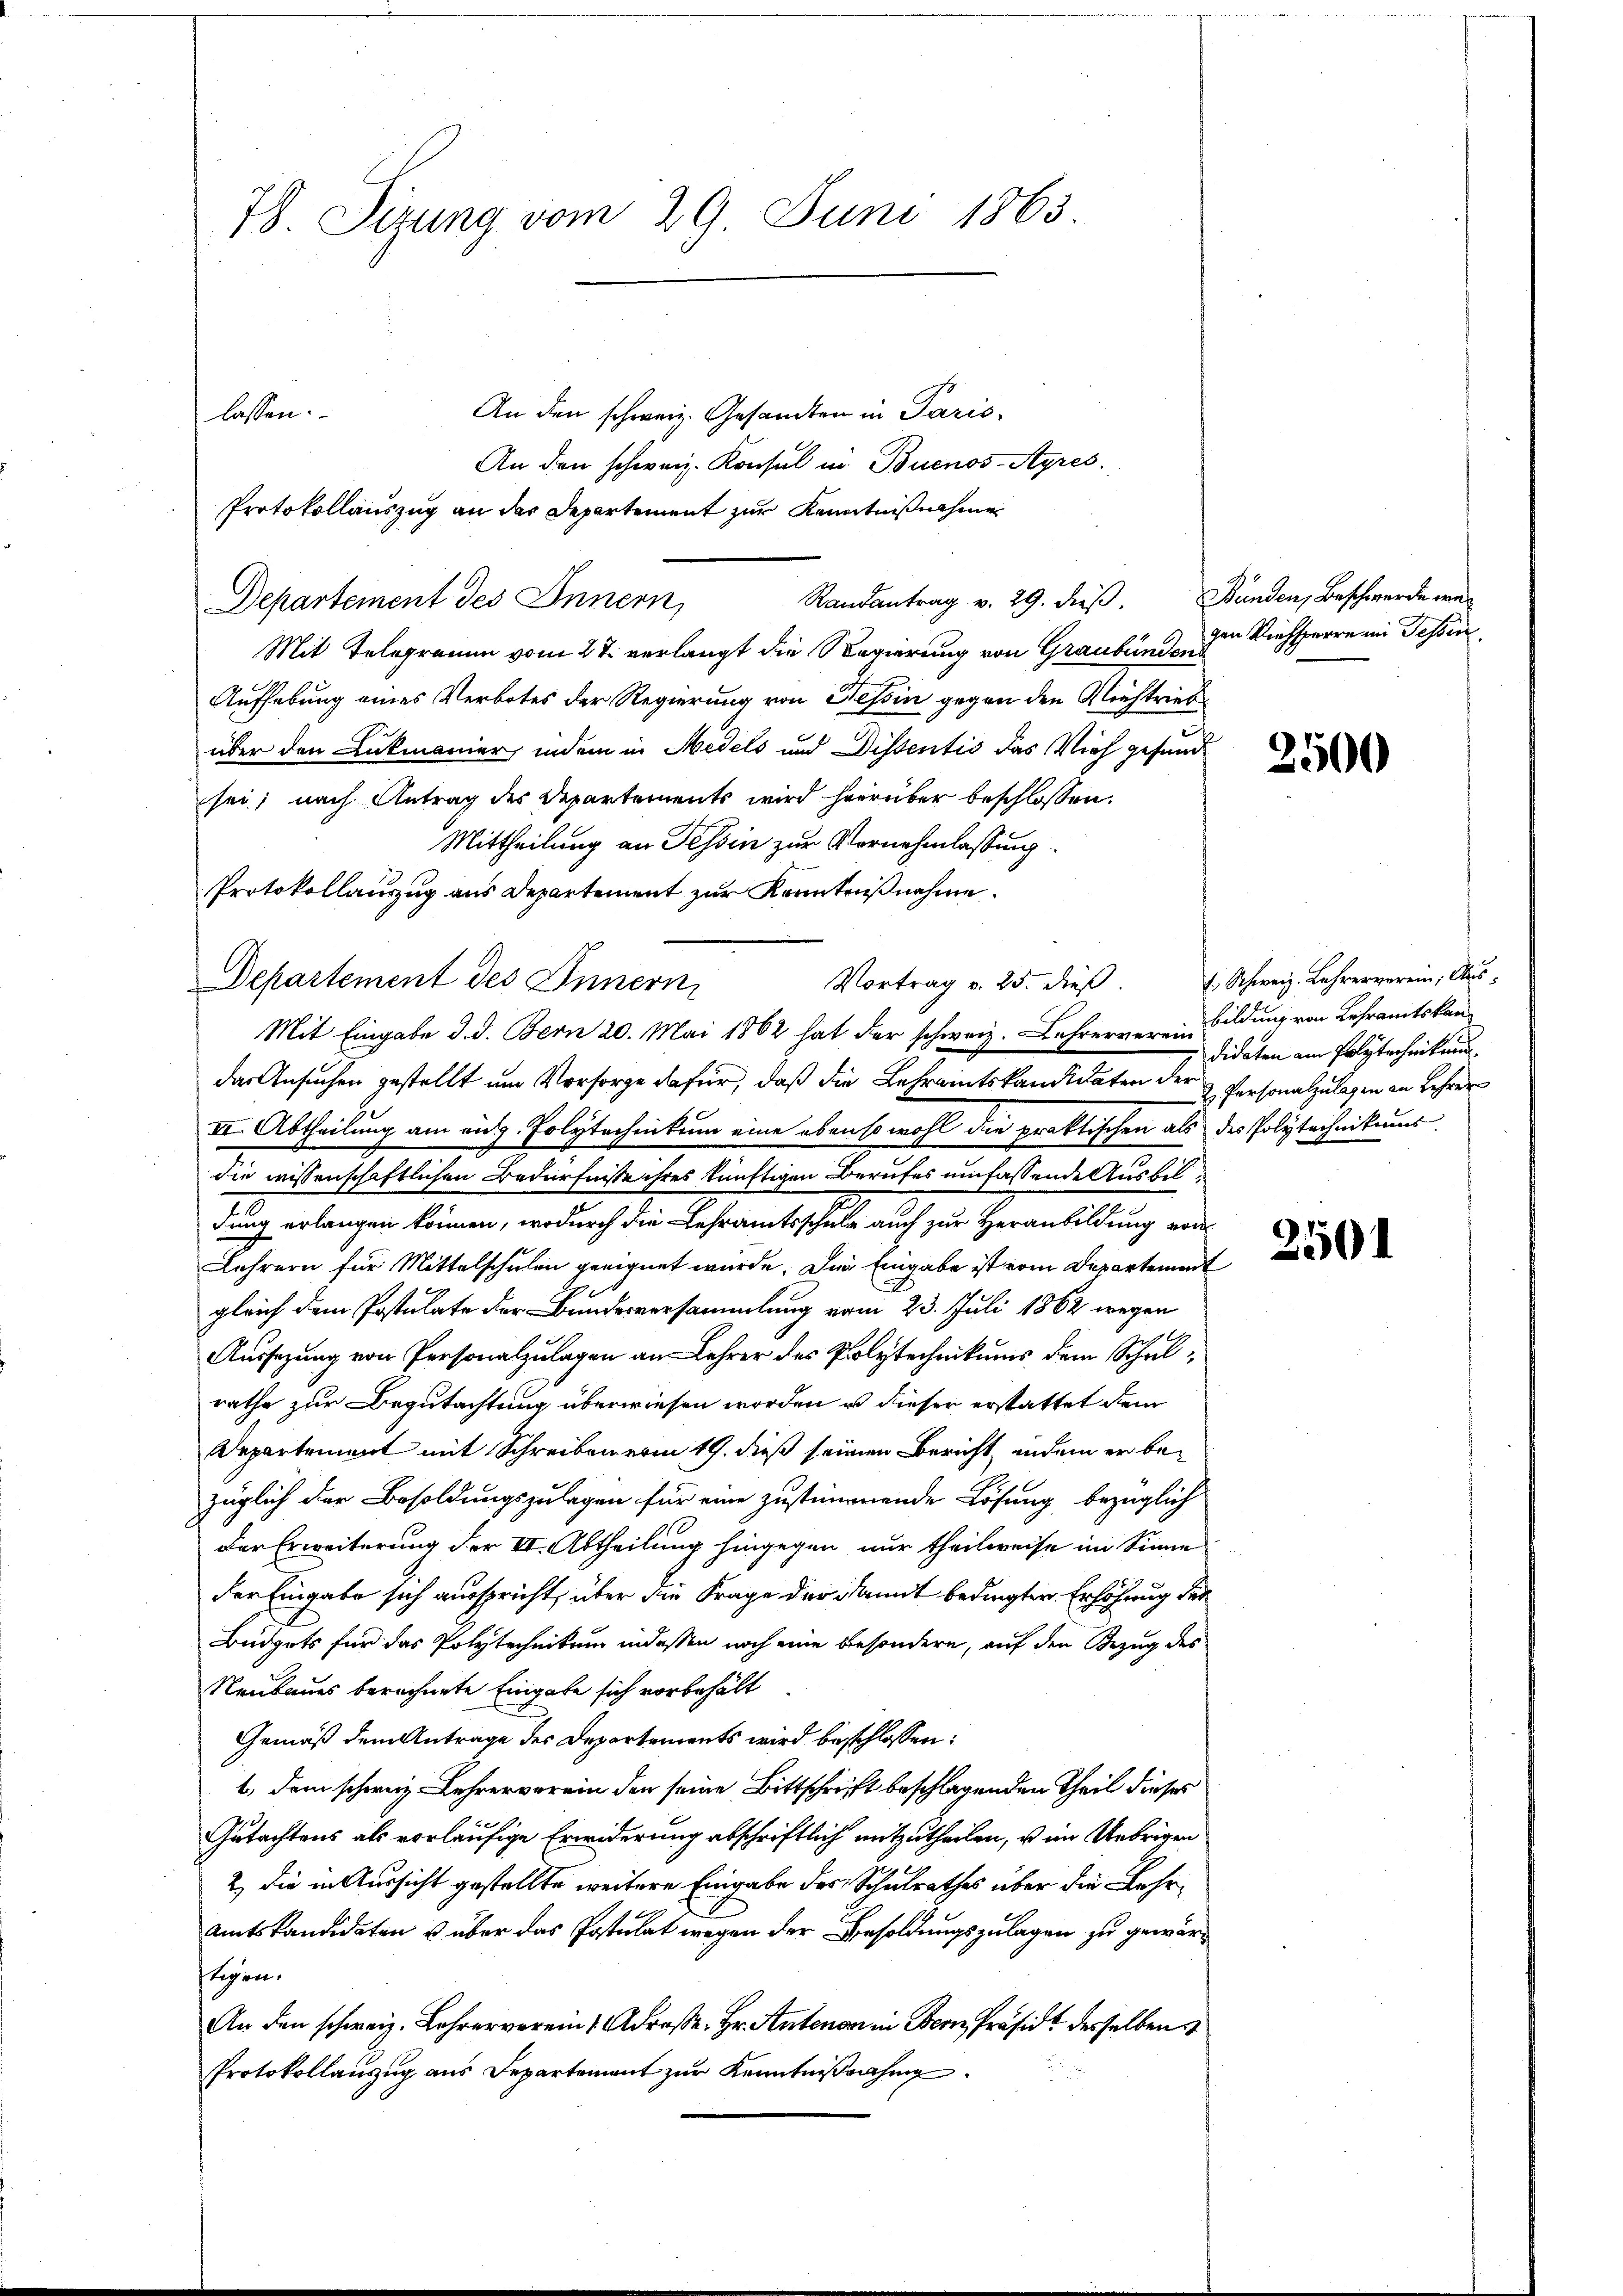
78. Sizung vom 29. Juni 1863

Departement des Innern,
Mit Telegramm vom 27. verlangt die Regierung von Graubünden
Aufhebung eines Verbotes der Regierung von Tessin gegen den Niehtrieb
über den Ankmanier, indem in Medels und Dissentis das Vieh gesund
sei; nach Antrag des Departements wird hierüber beschlossen:
das Ansuchen gestellt um Vorsorge dafür, daß die Lehraintskandidaten der Personalzulagen an Lehrer
VI. Abtheilung am aug. Polytechnikum eine ebenso wohl die praktischen als des Polytechnikums
die wissenschaftlichen Bedürfnisse ihres künftigen Berufes umfassende Ausbildung erlangen können, wodurch die Lehramtsschule auch zur Heranbildung au
Lehrern für Mittelschulen geeignet wurde. Die Eingabe ist vom Departement
gleich dem Postulate der Bundesversammlung vom 23. Juli 1862 wegen
Aussezung von Personalzulagen an Lehrer des Polytechnikums dem Schulrathe zur Begutachtung überwiesen worden u dieser erstattet dem
Departement mit Schreibenerin 19. dieß seinen Bericht, indem er bezüglich der Besoldungszulagen für eine zustimmende Lösung bezüglich
Der Erweiterung der II. Abtheilung hingegen nur theilweise im Sinne
der Eingabe sich ausspricht, über die Frage der damit bedingten Erhöhung der
Büdgets für das Polytechnikum indessen noch eine besondere, auf den Bezug des
Neubaues berechnete Eingabe sich vorbehält
Gemäß dem Antrage des Departements wird beschlossen:
1., dem schweiz. Lehrerverein den seine Bittschrift beschlagenden Theil dieses
Gutachtens als vorläufige Erwiderung abschriftlich mitzutheilen, u im Uebrigen
2., die in Aussicht gestellte weitere Eingabe des Schulrathes über die Lehr¬
Amtskandidaten u über das Postulat wegen der Besoldungszulagen zu gewärfligen.
An den schweiz. Lehrerverein Adresse. Hr. Antenan in Bern Präside desselben
Protokollauszug aus Departement zur Kenntnißnahme

Mittheilung an Tessin zur Vernehmlassung.
Protokollauszug aus Departement zur Kenntnißnahme
Departement des Innern,
Mit Eingabe d. d. Bern 20. Mai 1862 hat der schweiz. Lehrernerein Bildung von Lehramtskan¬

lassen. An den schweiz. Gesamten in Paris
An den schweiz. Konsul in Buenos-Ayres.
Protokollauszug an der Departement zur Kenntnißnahme
Randantrag v. 29. dieβ. Bunden, Beschwerde we¬

gen Kirchsperre im Tessin

2500

Vortrag v. 25. dieβ.  Schweiz. Lehrerverein, Aus-
didaten am Polytechnikum

2501